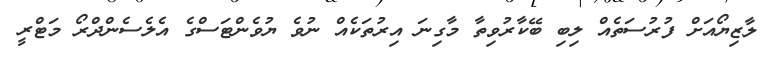
ލާޒިޔޯއަށް ފުރުސަތެއް ލިބި ބޭކާރުވިތާ މާގިނަ އިރުތަކެއް ނުވެ ޔުވެންޓަސްގެ އެލެސެންދްރޯ މަޓްރީ